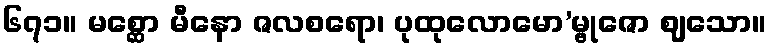
၆၇၁။ မစ္ဆော မီနော ဇလစရော၊ ပုထုလောမော’မ္ဗုဇော ဈသော။